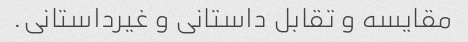
مقایسه و تقابل داستانی و غیرداستانی.